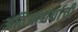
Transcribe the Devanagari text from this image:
अतिआश्चर्याची